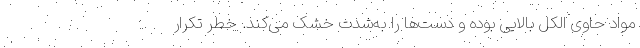
مواد حاوی الکل بالایی بوده و دست‌ها را به‌شدت خشک می‌کند. خطر تکرار